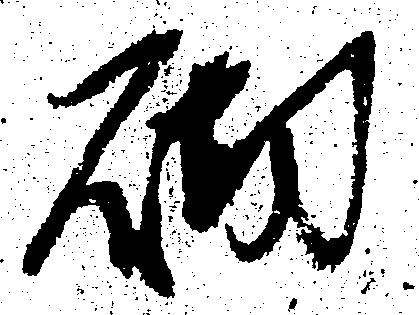
砌